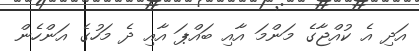
އަދި އެ ކުއްޖާގެ މަންމަ އާއި ބައްޕަ އާއި ދެ މަހުގެ އަންހެން